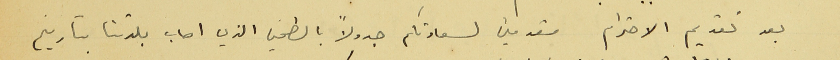
بعد تقديم الاحترام مقدمين لسعادتكم جدولاً بالطحين الذي اصاب بلدتنا بتاريخ